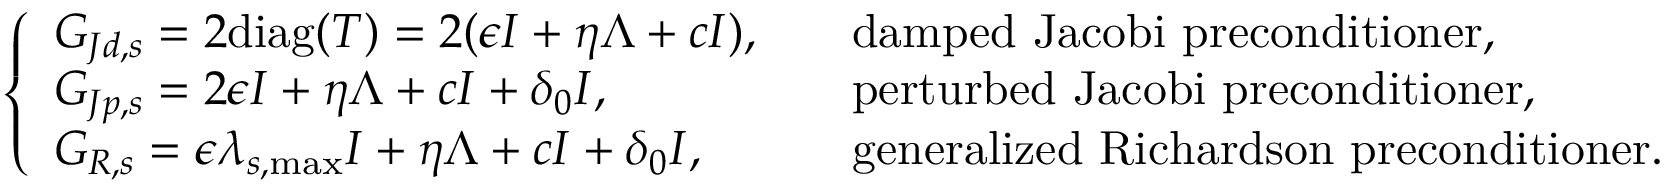
\left\{ \begin{array} { l l } { G _ { J d , s } = 2 \mathrm { d i a g } ( T ) = 2 ( \epsilon I + \eta \Lambda + c I ) , \quad } & { \mathrm { d a m p e d ~ J a c o b i ~ p r e c o n d i t i o n e r } , } \\ { G _ { J p , s } = 2 \epsilon I + \eta \Lambda + c I + \delta _ { 0 } I , \quad } & { \mathrm { p e r t u r b e d ~ J a c o b i ~ p r e c o n d i t i o n e r } , } \\ { G _ { R , s } = \epsilon \lambda _ { s , \operatorname* { m a x } } I + \eta \Lambda + c I + \delta _ { 0 } I , \quad } & { \mathrm { g e n e r a l i z e d ~ R i c h a r d s o n ~ p r e c o n d i t i o n e r } . } \end{array} \right.